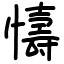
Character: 懤